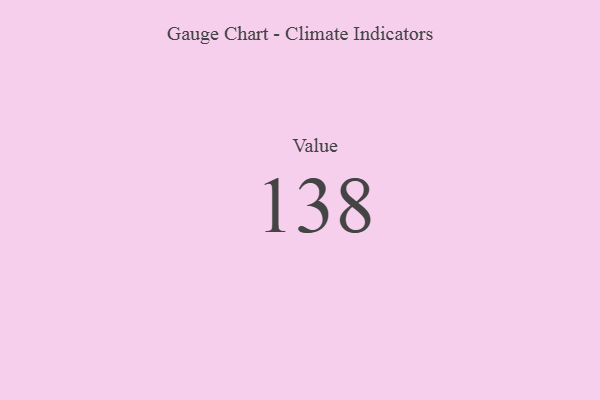
{"axis": {"x": "Metric", "y": "Value"}, "legend": [""], "data": [{"x": "Value", "y": 138, "type": ""}]}